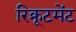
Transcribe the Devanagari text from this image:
रिक्रूटमेंट